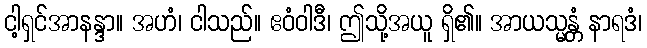
ငါ့ရှင်အာနန္ဒာ။ အဟံ၊ ငါသည်။ ဧဝံဝါဒီ၊ ဤသို့အယူ ရှိ၏။ အာယသ္မန္တံ နာရဒံ၊